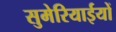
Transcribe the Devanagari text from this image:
सुमेरियाईयों